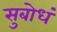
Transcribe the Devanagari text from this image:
सुबोधं